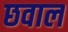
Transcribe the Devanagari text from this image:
छवाल